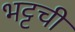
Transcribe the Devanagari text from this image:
भट्टची